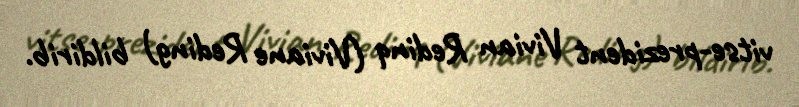
vitse-prezident Vivian Redinq (Viviane Reding) bildirib.